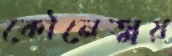
কৌনেত্ময়